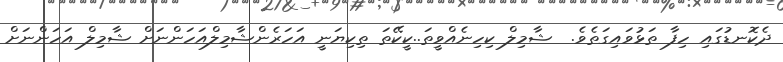
ދެކޮނޑުގައި ހިފާ ތަޅުވައިގަތެވެ.  ޝާމިލް ކިހިނެއްވީތަ..ކީކޭތަ ތިކިޔަނީ އަހަރެންޝާމިލްއަހަންނަށް ޝާމިލް އަހަންނަށް